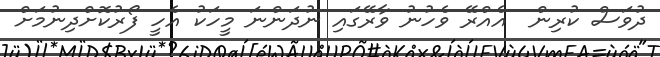
ދުވަސް ކުރިން  އެއްރޭ ވެހުނު ވާރޭގައި ނުދަންނަ މީހަކު އެހީ ފޯރުކޮށްދިނުމަށް